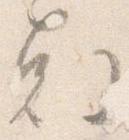
剋